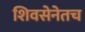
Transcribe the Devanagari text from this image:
शिवसेनेतच